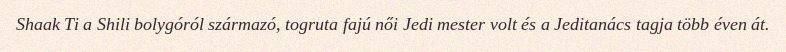
Shaak Ti a Shili bolygóról származó, togruta fajú női Jedi mester volt és a Jeditanács tagja több éven át.